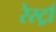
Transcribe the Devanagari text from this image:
रेस्ट्राँ